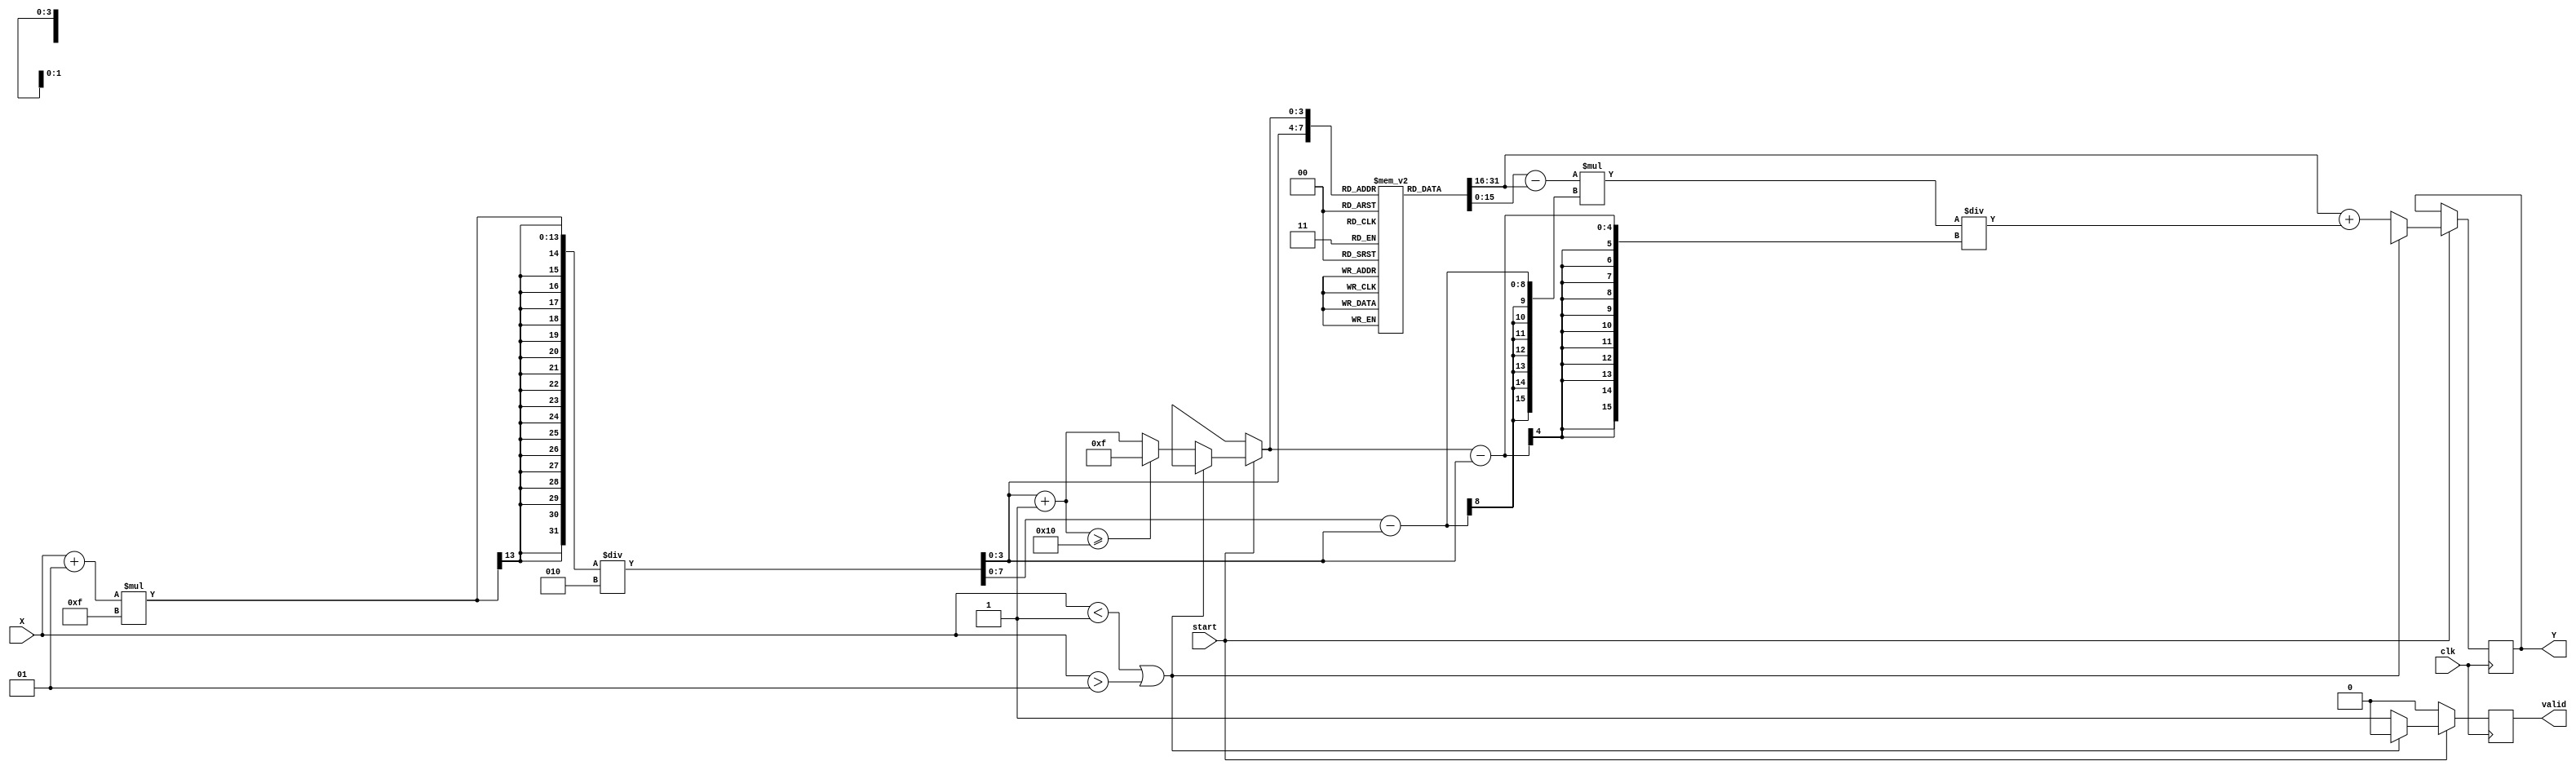
module acos_block #(
    parameter INPUT_WIDTH = 8,     // Bit-width of input X
    parameter OUTPUT_WIDTH = 16,    // Bit-width of output Y
    parameter LUT_SIZE = 16         // Number of entries in the LUT
)(
    input  wire signed [INPUT_WIDTH-1:0] X,   // Input value in fixed-point format
    input  wire clk,                           // Clock signal
    input  wire start,                         // Start signal for computation
    output reg signed [OUTPUT_WIDTH-1:0] Y,   // Output value in fixed-point format
    output reg valid                           // Output valid signal
);

    // LUT for acos values (precomputed)
    reg signed [OUTPUT_WIDTH-1:0] lut[LUT_SIZE-1:0];

    // Initialize the LUT with precomputed acos values
    initial begin
        // Example values: Populate with actual acos values in radians
        lut[0] = 3.14159;  // acos(-1)
        lut[1] = 2.35619;  // acos(-0.7071)
        lut[2] = 1.57080;  // acos(0)
        lut[3] = 0.78540;  // acos(0.7071)
        lut[4] = 0;        // acos(1)
        // Fill remaining LUT entries with appropriate values...
    end

    // Internal signals
    reg signed [OUTPUT_WIDTH-1:0] y1, y2; // LUT output values
    reg [3:0] index1, index2;              // LUT indices
    reg [INPUT_WIDTH-1:0] quantized_input; // Quantized input
    reg [OUTPUT_WIDTH-1:0] interp_result;   // Interpolated result

    always @(posedge clk) begin
        if (start) begin
            // Input validation
            if (X < -1 || X > 1) begin
                Y <= {OUTPUT_WIDTH{1'bx}}; // Invalid output (NaN)
                valid <= 1'b0;
            end else begin
                // Quantize input to LUT index
                quantized_input = (X + 1) * (LUT_SIZE - 1) / 2; // Scale to [0, LUT_SIZE-1]
                index1 = quantized_input[3:0]; // Lower index
                index2 = index1 + 1; // Upper index

                // Ensure indices are within bounds
                if (index2 >= LUT_SIZE) begin
                    index2 = LUT_SIZE - 1;
                end

                // Perform LUT lookup
                y1 = lut[index1];
                y2 = lut[index2];

                // Linear interpolation
                interp_result = y1 + ((y2 - y1) * (quantized_input - index1)) / (index2 - index1);

                // Set output and valid signal
                Y <= interp_result;
                valid <= 1'b1;
            end
        end else begin
            valid <= 1'b0; // Reset valid signal when not starting
        end
    end

endmodule